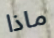
ماذا